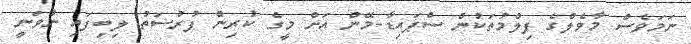
ނަމަވެސް މާވެލްގެ ފިލްމުތަކުން ސްޕައިޑާ-މޭން އަށް މީގެ ކުރިން ފުރުސަތު ލިބިފައި ނުވަނީ